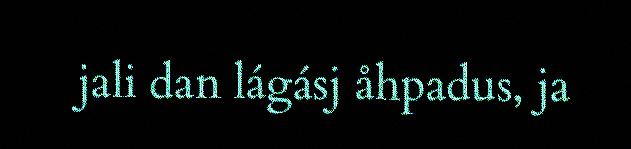
jali dan lágásj åhpadus, ja